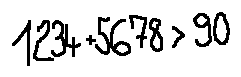
1 2 3 4 + 5 6 7 8 > 9 0